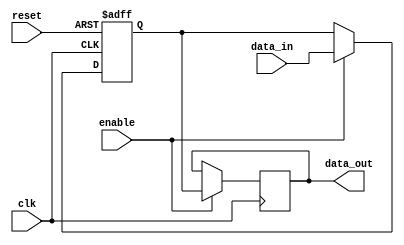
module data_enable_latch (
  input wire clk,
  input wire reset,
  input wire enable,
  input wire [7:0] data_in,
  output reg [7:0] data_out
);

reg [7:0] stored_data;

always @(posedge clk or posedge reset) begin
  if (reset) begin
    stored_data <= 8'd0;
  end else begin
    if (enable) begin
      stored_data <= data_in;
    end
  end
end

always @(posedge clk) begin
  if (enable) begin
    data_out <= stored_data;
  end
end

endmodule